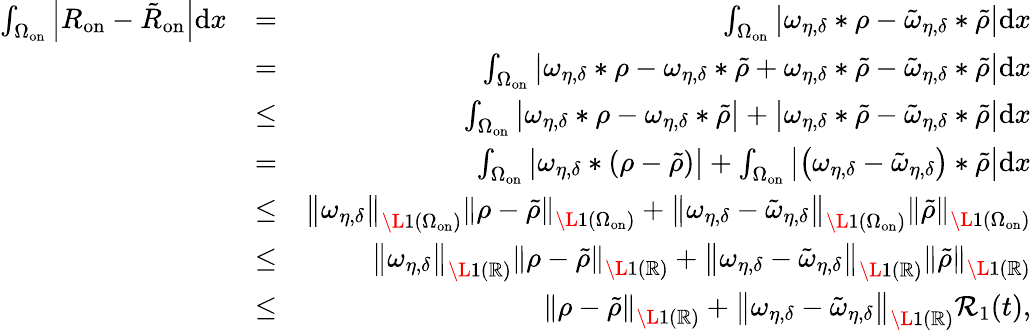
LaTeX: \begin{array}{rlr}{\int_{\Omega_{\mathrm{on}}}\left|{R}_{\mathrm{on}}-\tilde{R}_{\mathrm{on}}\right|\mathrm{d}x}&{=}&{\int_{\Omega_{\mathrm{on}}}\left|\omega_{\eta,\delta}\ast\rho-\tilde{\omega}_{\eta,\delta}\ast\tilde{\rho}\right|\mathrm{d}x}\\ &{=}&{\int_{\Omega_{\mathrm{on}}}\left|\omega_{\eta,\delta}\ast\rho-\omega_{\eta,\delta}\ast\tilde{\rho}+\omega_{\eta,\delta}\ast\tilde{\rho}-\tilde{\omega}_{\eta,\delta}\ast\tilde{\rho}\right|\mathrm{d}x}\\ &{\leq}&{\int_{\Omega_{\mathrm{on}}}\left|\omega_{\eta,\delta}\ast\rho-\omega_{\eta,\delta}\ast\tilde{\rho}\right|+\left|\omega_{\eta,\delta}\ast\tilde{\rho}-\tilde{\omega}_{\eta,\delta}\ast\tilde{\rho}\right|\mathrm{d}x}\\ &{=}&{\int_{\Omega_{\mathrm{on}}}\left|\omega_{\eta,\delta}\ast\left(\rho-\tilde{\rho}\right)\right|+\int_{\Omega_{\mathrm{on}}}\left|\left(\omega_{\eta,\delta}-\tilde{\omega}_{\eta,\delta}\right)\ast\tilde{\rho}\right|\mathrm{d}x}\\ &{\leq}&{\left\| \omega_{\eta,\delta}\right\| _{\L{1}(\Omega_{\mathrm{on}})}\left\| \rho-\tilde{\rho}\right\| _{\L{1}(\Omega_{\mathrm{on}})}+\left\| \omega_{\eta,\delta}-\tilde{\omega}_{\eta,\delta}\right\| _{\L{1}(\Omega_{\mathrm{on}})}\left\| \tilde{\rho}\right\| _{\L{1}(\Omega_{\mathrm{on}})}}\\ &{\leq}&{\left\| \omega_{\eta,\delta}\right\| _{\L{1}(\mathbb{R})}\left\| \rho-\tilde{\rho}\right\| _{\L{1}(\mathbb{R})}+\left\| \omega_{\eta,\delta}-\tilde{\omega}_{\eta,\delta}\right\| _{\L{1}(\mathbb{R})}\left\| \tilde{\rho}\right\| _{\L{1}(\mathbb{R})}}\\ &{\leq}&{\left\| \rho-\tilde{\rho}\right\| _{\L{1}(\mathbb{R})}+\left\| \omega_{\eta,\delta}-\tilde{\omega}_{\eta,\delta}\right\| _{\L{1}(\mathbb{R})}\mathcal{R}_{1}(t),}\end{array}